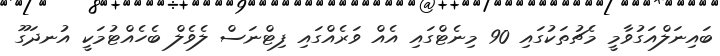
ބައިނަލްއަގުވާމީ މެޗުތަކުގައި 90 މިނެޓްގައި އެއް ވަރެއްގައި ފިޓްނަސް ލެވެލް ބެހެއްޓުމަކީ އުނދަގޫ